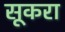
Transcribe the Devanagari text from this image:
सूकरा